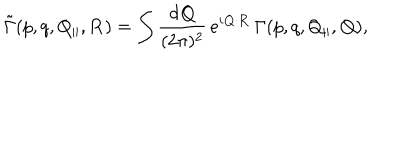
LaTeX: \tilde { \Gamma } ( p , q , Q _ { \| } , { \bf R } ) = \int { \frac { d { \bf Q } } { ( 2 \pi ) ^ { 2 } } } \, e ^ { i { \bf Q } \cdot { \bf R } } \, \Gamma ( p , q , Q _ { \| } , { \bf Q } ) ,